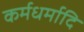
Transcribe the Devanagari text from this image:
कर्मधर्मादि